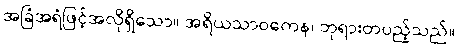
အခြံအရံဖြင့်အလိုရှိသော။ အရိယသာဝကေန၊ ဘုရားတပည့်သည်။